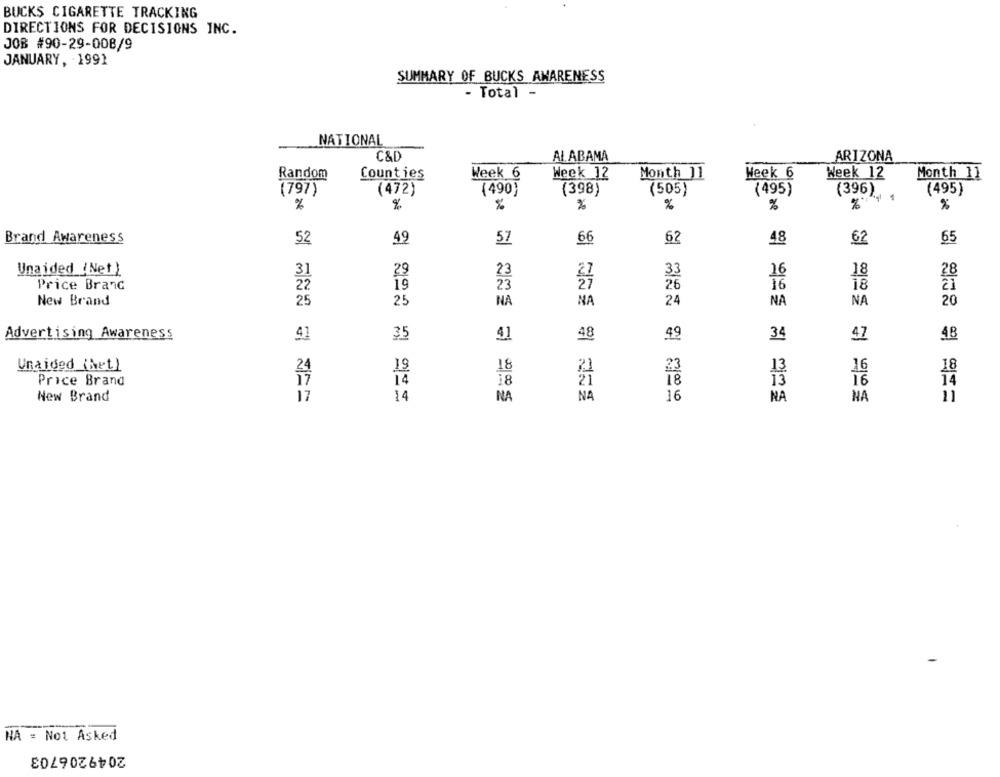
BUCKS CIGARETTE TRACKING
DIRECTIONS FOR DECISIONS INC.
JOB #90-29-008/9
JANUARY, 1991
SUMMARY OF BUCKS AMARENESS
- Total -
NATIONAL
C&D
ALABAMA
ARIZONA
Random
Counties
Week 6
Week 12
Month 11
Week 6
Week 12
Month 11
(797)
(472)
(490)
(398)
(505)
(495)
(495)
(396).
%
%
%
%
%
%
%
Brand Awareness
52
49
57
66
62
48
62
65
Unaided (Net )
29
16
18
Price Brand
19
16
18
New Brand
25
25
NA
NA
24
NA
NA
20
Advertising Awareness
41
35
41
48
49
34
47
48
Unaided (Net)
23
18
13
16
18
Price Brand
14
21
18
13
18
16
New Brand
14
NA
16
11
NA
NA
NA
NA = Not Asked
2049206703